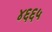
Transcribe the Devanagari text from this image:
४६६५